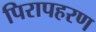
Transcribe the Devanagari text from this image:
पिरापहरण